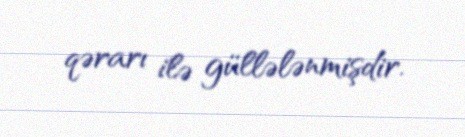
qərarı ilə güllələnmişdir.